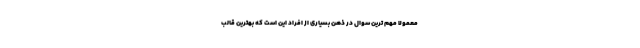
معمولا مهم ترین سوال در ذهن بسیاری از افراد این است که بهترین قالب